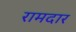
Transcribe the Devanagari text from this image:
रामदार